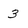
Character: 3